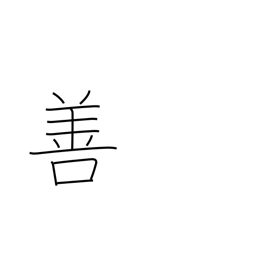
Meaning: goodness